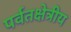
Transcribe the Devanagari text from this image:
पर्वतक्षेत्रीय